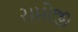
રામોજી